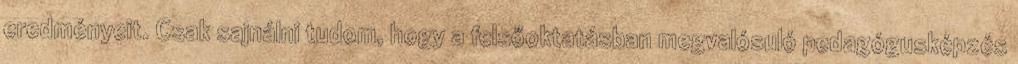
eredményeit. Csak sajnálni tudom, hogy a felsőoktatásban megvalósuló pedagógusképzés